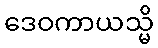
ဒေဝကာယသ္မိ